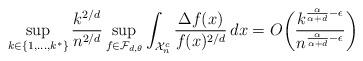
LaTeX: \begin{align*}\sup_{k \in \{1,\ldots,k^*\}} \frac{k^{2/d}}{n^{2/d}}\sup_{f \in \mathcal{F}_{d,\theta}} \int_{\mathcal{X}_n^c} \frac{\Delta f(x)}{f(x)^{2/d}} \,dx = O \biggl( \frac{k^{\frac{\alpha}{\alpha+d} - \epsilon}}{n^{\frac{\alpha}{\alpha+d} - \epsilon}}\biggr)\end{align*}